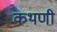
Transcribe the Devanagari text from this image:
कथणी